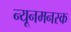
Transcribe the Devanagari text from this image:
न्यूनमनस्क